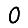
Digit: 0